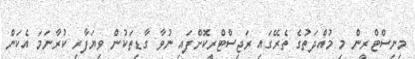
މިނިސްޓްރީން މި މުއްދަތުގެ ތެރޭގައި ރަޖިސްޓްރީކޮށްފައި ނުވާ ގާޑިތަކުން ވިޔަފާރި ކުރާނަމަ އެކަން